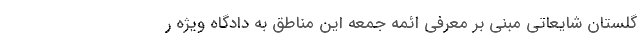
گلستان شایعاتی مبنی بر معرفی ائمه جمعه این مناطق به دادگاه ویژه ر